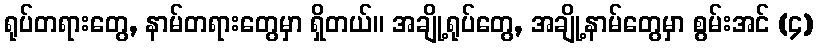
ရုပ်တရားတွေ, နာမ်တရားတွေမှာ ရှိတယ်။ အချို့ရုပ်တွေ, အချို့နာမ်တွေမှာ စွမ်းအင် (၄)